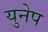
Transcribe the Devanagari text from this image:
युनेप